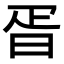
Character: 𣆁